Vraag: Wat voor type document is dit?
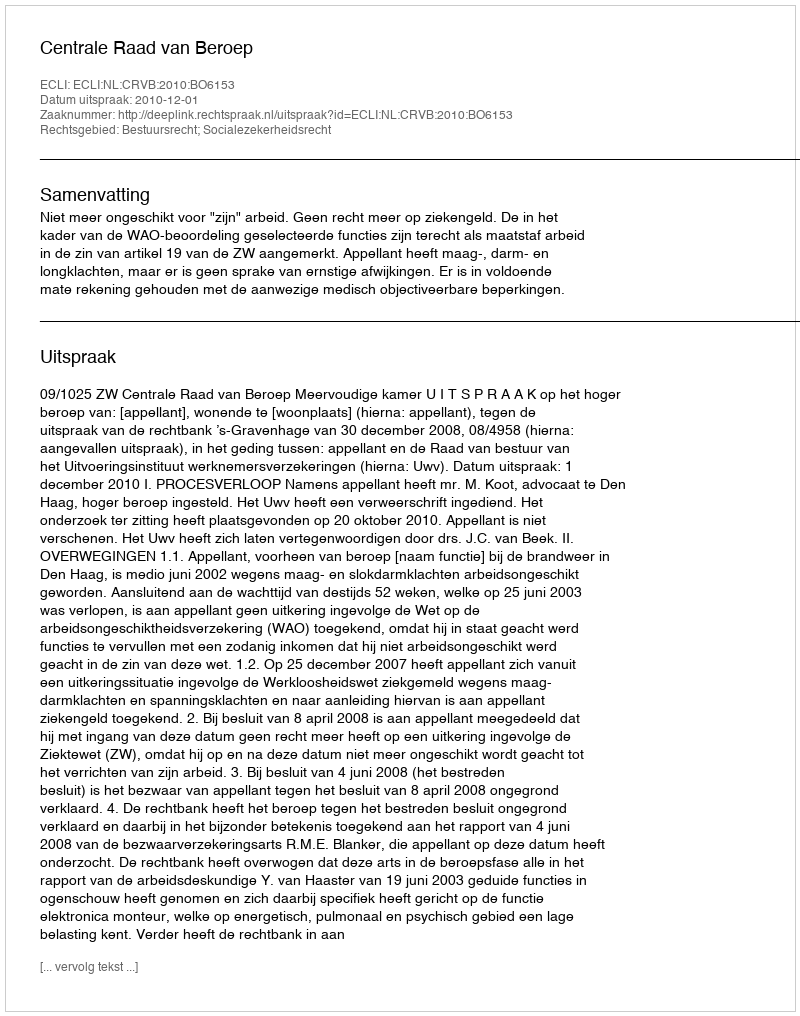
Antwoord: Uitspraak